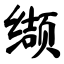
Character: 缬